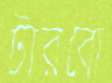
টারবো